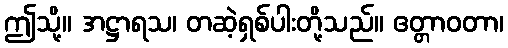
ဤသို့။ အဋ္ဌာရသ၊ တဆဲ့ရှစ်ပါးတို့သည်။ ဧတ္တာဝတာ၊